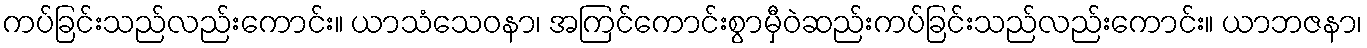
ကပ်ခြင်းသည်လည်းကောင်း။ ယာသံသေဝနာ၊ အကြင်ကောင်းစွာမှီဝဲဆည်းကပ်ခြင်းသည်လည်းကောင်း။ ယာဘဇနာ၊